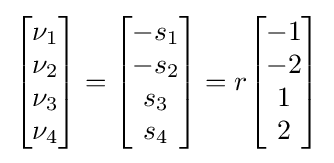
{\begin{bmatrix}\nu _{1}\\\nu _{2}\\\nu _{3}\\\nu _{4}\end{bmatrix}}={\begin{bmatrix}-s_{1}\\-s_{2}\\s_{3}\\s_{4}\end{bmatrix}}=r{\begin{bmatrix}-1\\-2\\1\\2\end{bmatrix}}